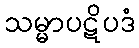
သမ္မာပဋိပဒံ